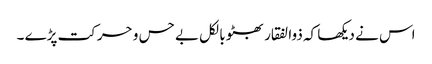
اس نے دیکھا کہ ذوالفقار بھٹو بالکل بے حس و حرکت پڑے ۔